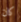
كان